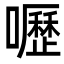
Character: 嚦